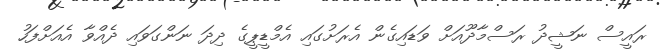
ރައީސް ނަޝީދު ރަސްމާދޫއަށް ވަޑައިގެން އެރަށުގައި އެމްޑީޕީގެ ދިދަ ނަންގަވައި ދެއްވާ އެއަށްފަހު